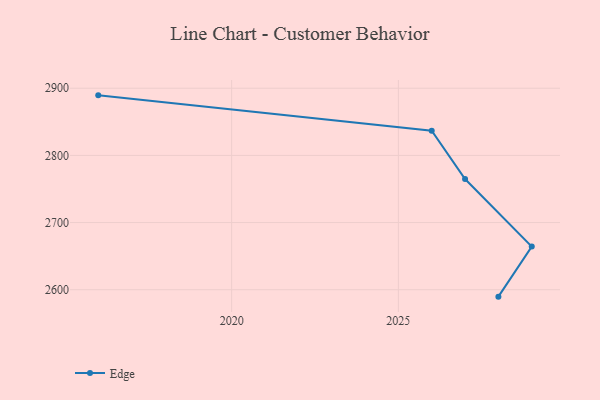
{"axis": {"x": "Year", "y": "Energy Usage (MWh)"}, "legend": ["Edge"], "data": [{"x": "2028", "y": 2589.7, "type": "Edge"}, {"x": "2029", "y": 2664.2, "type": "Edge"}, {"x": "2027", "y": 2764.8, "type": "Edge"}, {"x": "2026", "y": 2836.8, "type": "Edge"}, {"x": "2016", "y": 2889.4, "type": "Edge"}]}